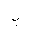
Letter: _ba